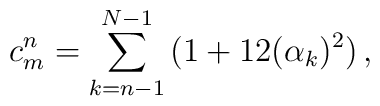
c^n_m = \sum_{k=n-1}^{N-1} \big (1+12(\alpha_k)^2\big )\,,